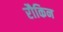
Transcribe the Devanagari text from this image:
रौकिन